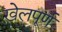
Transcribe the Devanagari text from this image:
खेलपूर्ण